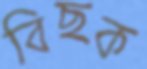
বিছক